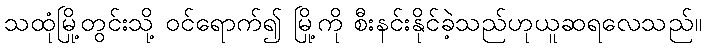
သထုံမြို့တွင်းသို့ ဝင်ရောက်၍ မြို့ကို စီးနင်းနိုင်ခဲ့သည်ဟုယူဆရလေသည်။